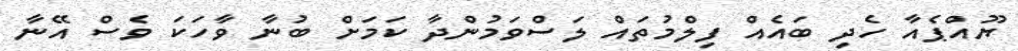
ޔޫއްޕެއާ ހެދި ބައެއް ފިލްމުތައް ލަސްވަމުންދާ ކަމަށް ބުނާ ވާހަކަ ވެސް އޭނާ